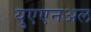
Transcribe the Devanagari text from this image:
युएएनअल